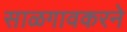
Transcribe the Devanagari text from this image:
साळगावकरने